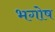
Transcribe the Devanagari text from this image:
भगोष